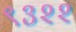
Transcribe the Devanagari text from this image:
९३२२